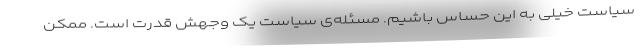
سیاست خیلی به این حساس باشیم. مسئله‌ی سیاست یک وجهش قدرت است. ممکن